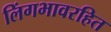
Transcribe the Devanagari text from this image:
लिंगभावरहित